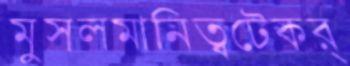
মুসলমানিত্বটেকর্